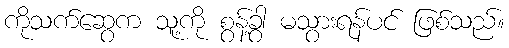
ကိုသက်ဆွေက သူ့ကို စွန့်ခွာ မသွားရန်ပင် ဖြစ်သည်။